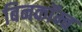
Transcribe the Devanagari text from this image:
बिनकॉम्ब